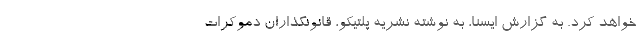
خواهد کرد. به گزارش ایسنا، به نوشته نشریه پلتیکو، قانونگذاران دموکرات